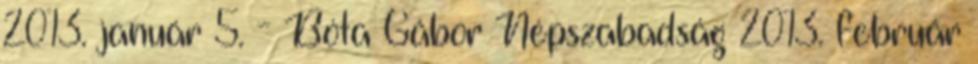
2013. január 5. - Bóta Gábor Népszabadság 2013. február